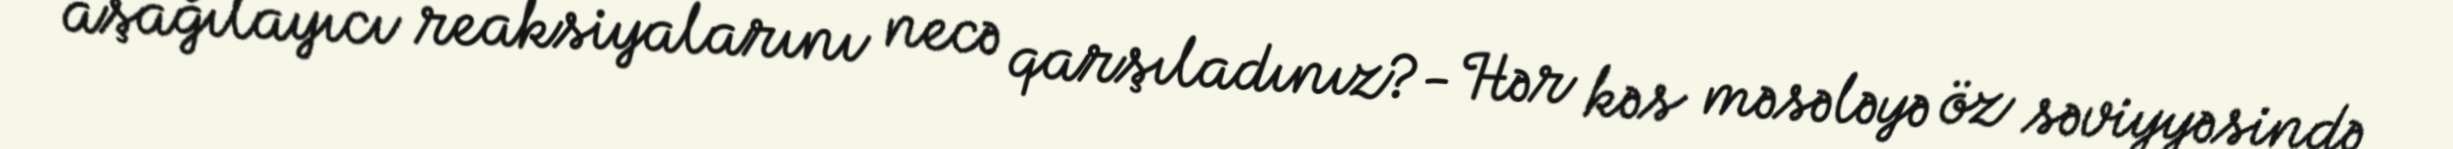
aşağılayıcı reaksiyalarını necə qarşıladınız?- Hər kəs məsələyə öz səviyyəsində